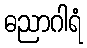
ဓညာဂါရံ